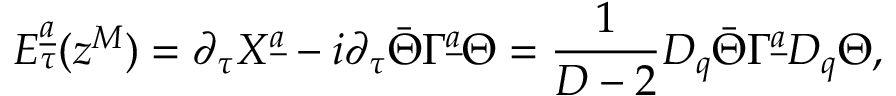
{ \cal E } _ { \tau } ^ { \underline { { a } } } ( z ^ { M } ) = \partial _ { \tau } X ^ { \underline { { a } } } - i \partial _ { \tau } \bar { \Theta } \Gamma ^ { \underline { { a } } } \Theta = { \frac { 1 } { D - 2 } } D _ { q } \bar { \Theta } \Gamma ^ { \underline { { a } } } D _ { q } \Theta ,